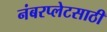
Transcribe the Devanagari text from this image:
नंबरप्लेटसाठी